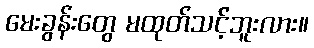
မေးခွန်းတွေ မထုတ်သင့်ဘူးလား။